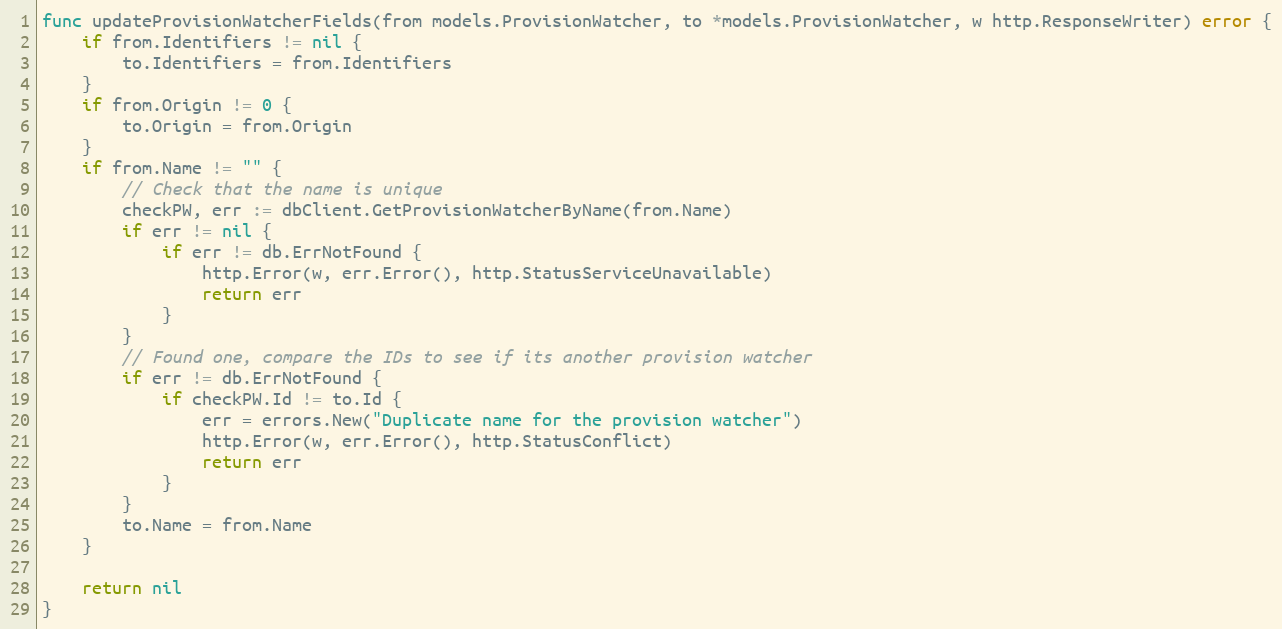
Language: Go
func updateProvisionWatcherFields(from models.ProvisionWatcher, to *models.ProvisionWatcher, w http.ResponseWriter) error {
	if from.Identifiers != nil {
		to.Identifiers = from.Identifiers
	}
	if from.Origin != 0 {
		to.Origin = from.Origin
	}
	if from.Name != "" {
		// Check that the name is unique
		checkPW, err := dbClient.GetProvisionWatcherByName(from.Name)
		if err != nil {
			if err != db.ErrNotFound {
				http.Error(w, err.Error(), http.StatusServiceUnavailable)
				return err
			}
		}
		// Found one, compare the IDs to see if its another provision watcher
		if err != db.ErrNotFound {
			if checkPW.Id != to.Id {
				err = errors.New("Duplicate name for the provision watcher")
				http.Error(w, err.Error(), http.StatusConflict)
				return err
			}
		}
		to.Name = from.Name
	}

	return nil
}